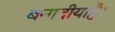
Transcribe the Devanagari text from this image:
बनादीयाहै।